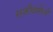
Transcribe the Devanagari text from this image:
सजीवांमेध्ये